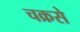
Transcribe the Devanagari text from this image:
चक्रसे